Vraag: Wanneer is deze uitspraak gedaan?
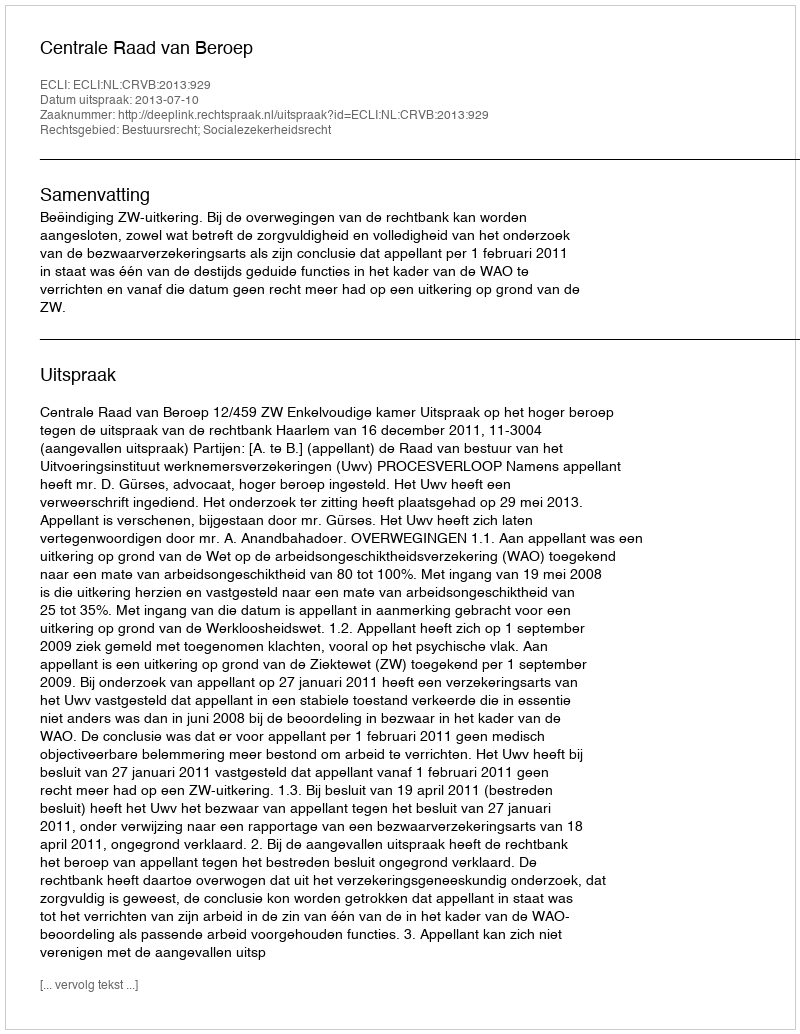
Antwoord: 2013-07-10